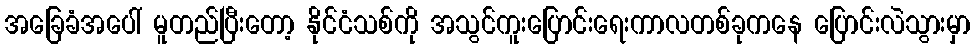
အခြေခံအပေါ် မူတည်ပြီးတော့ နိုင်ငံသစ်ကို အသွင်ကူးပြောင်းရေးကာလတစ်ခုကနေ ပြောင်းလဲသွားမှာ